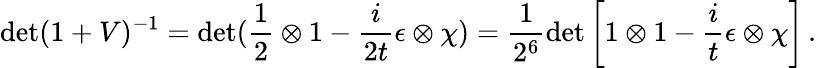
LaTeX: \operatorname*{det}(1+V)^{-1}=\operatorname*{det}(\frac{1}{2}\otimes 1-\frac{i}{2t}\epsilon\otimes\chi)=\frac{1}{2^{6}}\operatorname*{det}\left[1\otimes 1-\frac{i}{t}\epsilon\otimes\chi\right]\, .